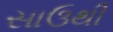
સાઉથી